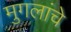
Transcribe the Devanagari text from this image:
मुगलांचे